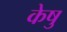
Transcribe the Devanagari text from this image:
केषु